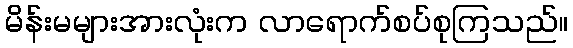
မိန်းမများအားလုံးက လာရောက်စပ်စုကြသည်။